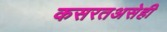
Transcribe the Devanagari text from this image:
कसरतअसेही